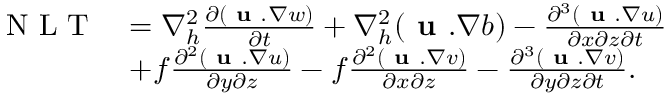
\begin{array} { r l } { \textnormal { N L T } } & { = \nabla _ { h } ^ { 2 } \frac { \partial ( \textbf { u } . \nabla w ) } { \partial t } + \nabla _ { h } ^ { 2 } ( \textbf { u } . \nabla b ) - \frac { \partial ^ { 3 } ( \textbf { u } . \nabla u ) } { \partial x \partial z \partial t } } \\ & { + f \frac { \partial ^ { 2 } ( \textbf { u } . \nabla u ) } { \partial y \partial z } - f \frac { \partial ^ { 2 } ( \textbf { u } . \nabla v ) } { \partial x \partial z } - \frac { \partial ^ { 3 } ( \textbf { u } . \nabla v ) } { \partial y \partial z \partial t } . } \end{array}